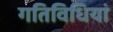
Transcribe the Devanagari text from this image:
गतिविधियां